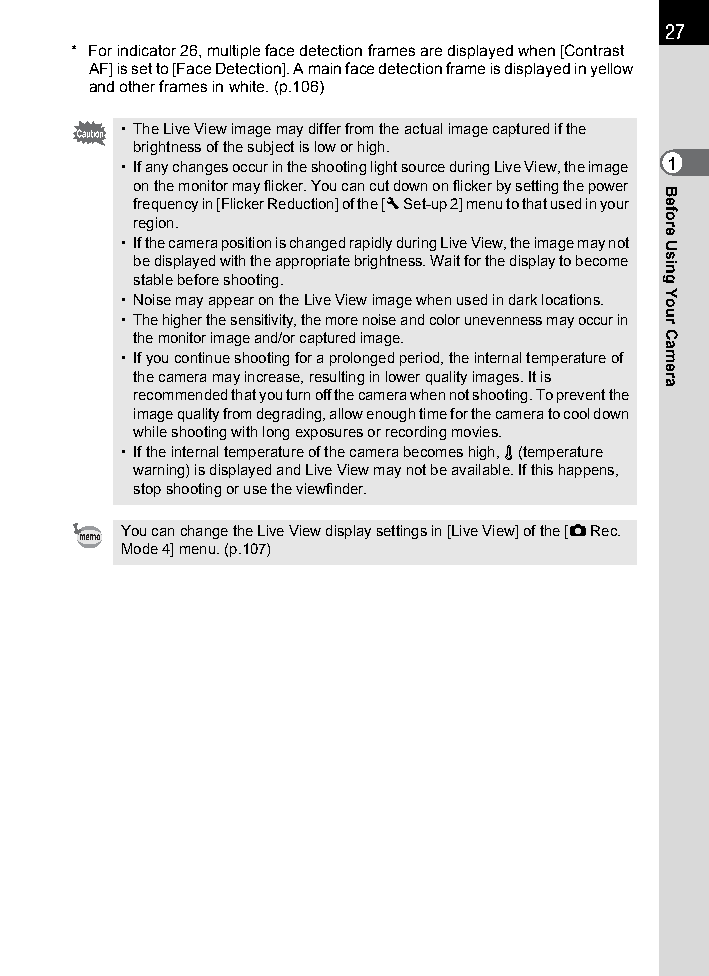
27
 * For indicator 26, multiple face detection frames are displayed when [Contrast
 AF] is set to [Face Detection]. A main face detection frame is displayed in yellow
 and other frames in white. (p.106)
 • The Live View image may differ from the actual image captured if the
 brightness of the subject is low or high.
 • If any changes occur in the shooting light source during Live View, the image 1
 on the monitor may flicker. You can cut down on flicker by setting the power
 frequency in [Flicker Reduction] of the [R Set-up 2] menu to that used in your
 region.
 • If the camera position is changed rapidly during Live View, the image may not
 be displayed with the appropriate brightness. Wait for the display to become
 stable before shooting.
 • Noise may appear on the Live View image when used in dark locations.
 • The higher the sensitivity, the more noise and color unevenness may occur in
 the monitor image and/or captured image.
 • If you continue shooting for a prolonged period, the internal temperature of
 the camera may increase, resulting in lower quality images. It is
 recommended that you turn off the camera when not shooting. To prevent the
 image quality from degrading, allow enough time for the camera to cool down
 while shooting with long exposures or recording movies.
 • If the internal temperature of the camera becomes high, l (temperature
 warning) is displayed and Live View may not be available. If this happens,
 stop shooting or use the viewfinder.
 You can change the Live View display settings in [Live View] of the [A Rec.
 Mode 4] menu. (p.107)
 Before
 Using
 Your
 Camera